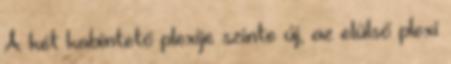
A két kabintető plexije szinte új, az elülső plexi